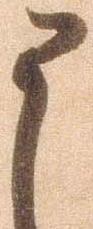
申